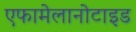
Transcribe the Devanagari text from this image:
एफामेलानोटाइड